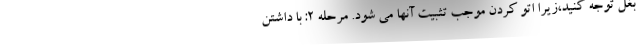
بغل توجه کنید،زیرا اتو کردن موجب تثبیت آنها می شود. مرحله 2: با داشتن